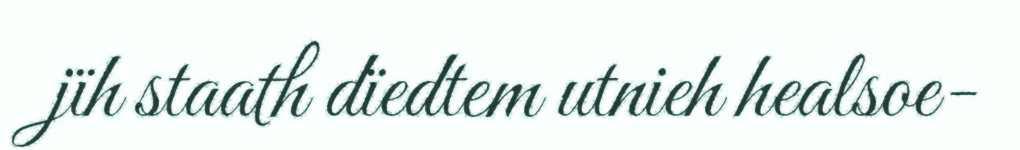
jïh staath dïedtem utnieh healsoe-